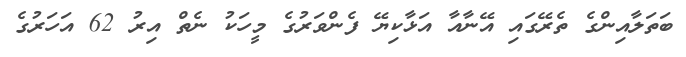
ބަތަލާއިންގެ ތެރޭގައި އޭނާއާ އަޅާކިޔޭ ފެންވަރުގެ މީހަކު ނެތް އިރު 62 އަހަރުގެ